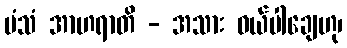
မံသံ အာဟရာတိ - အသား ဝယ်ပါချေဟု၊